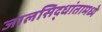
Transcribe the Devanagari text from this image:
जालसिद्धांतामध्ये